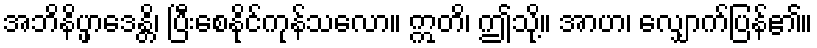
အဘိနိပ္ဖာဒေန္တိ၊ ပြီးစေနိုင်ကုန်သလော။ ဣတိ၊ ဤသို့။ အာဟ၊ လျှောက်ပြန်၏။